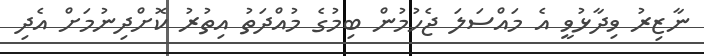
ނާޒިރު ވިދާޅުވީ އެ މައްސަލަ ޖެހުމުން ބިމުގެ މުއްދަތު އިތުރު ކޮށްދިނުމަށް އެދި